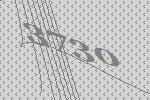
3730